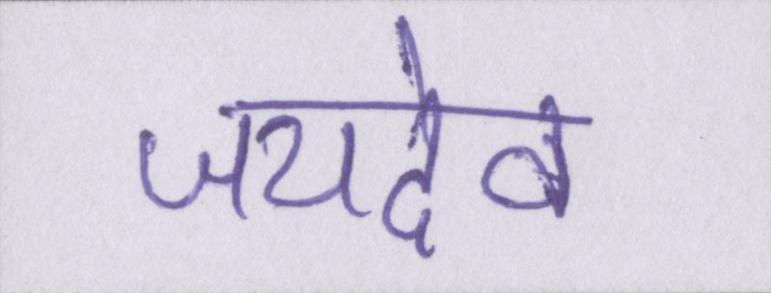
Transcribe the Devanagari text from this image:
जयदेव